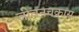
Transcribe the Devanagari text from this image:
जीवनचक्रास